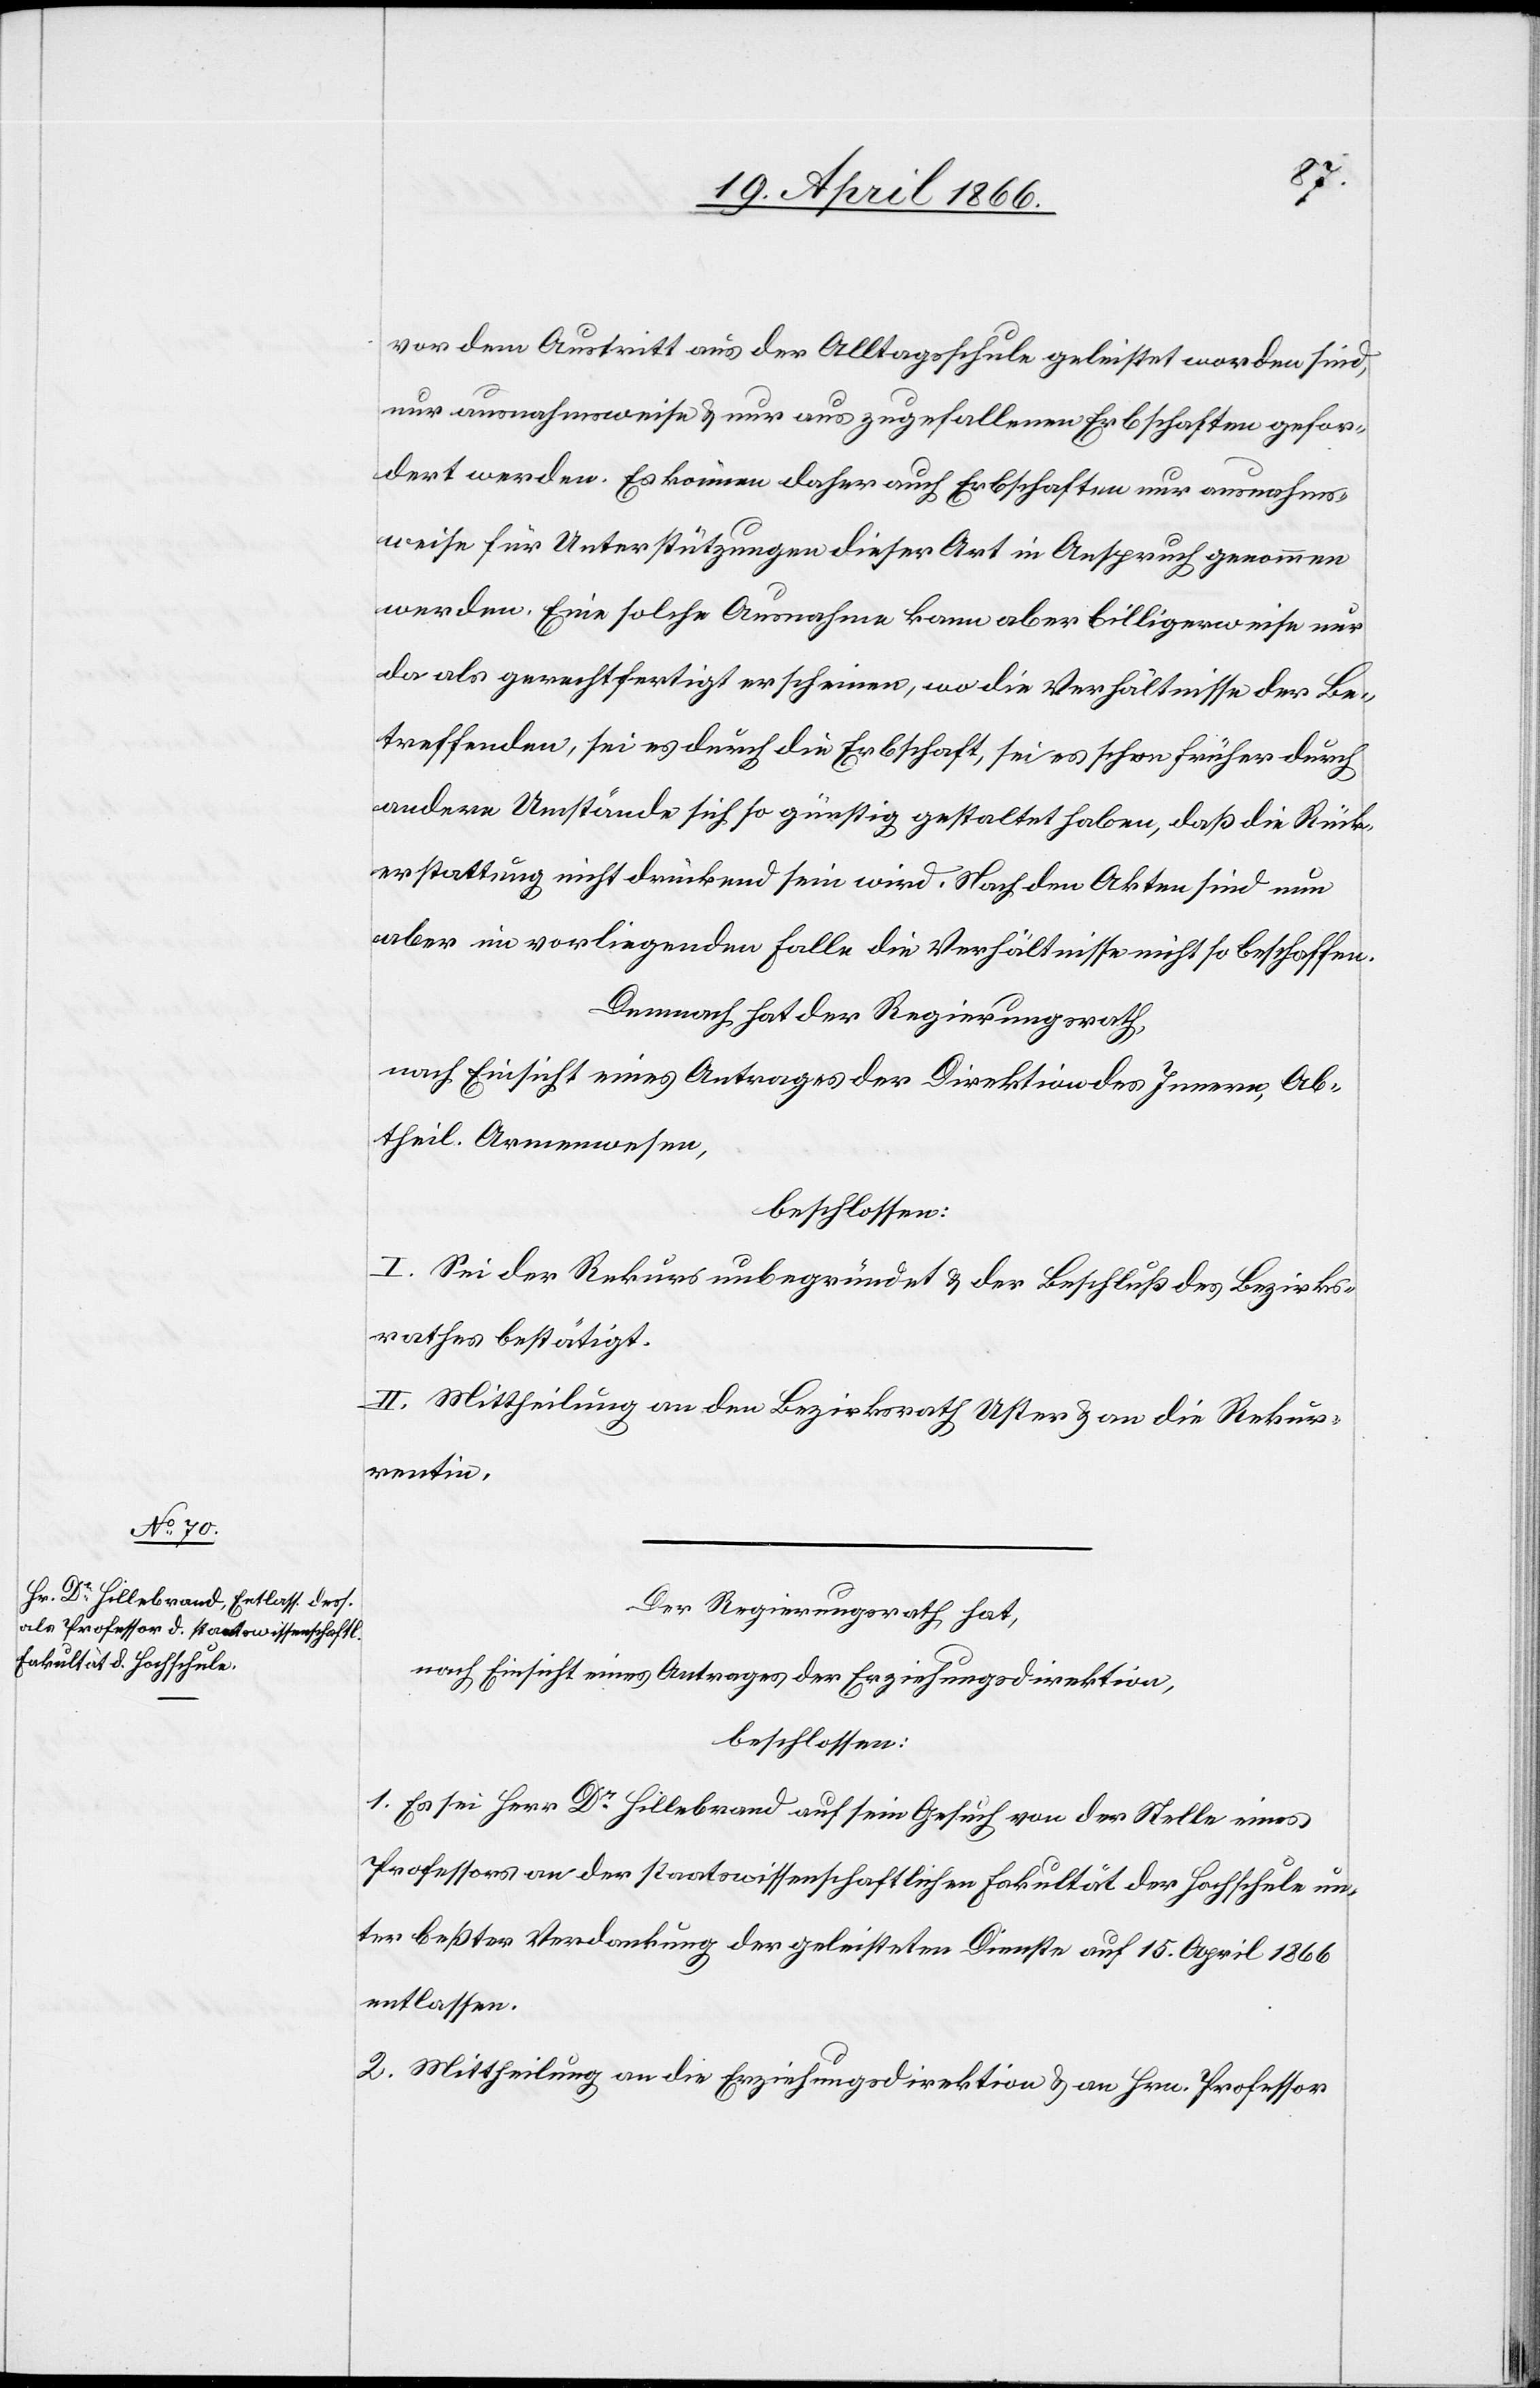
vor dem Austritt aus der Alltagsschule geleistet worden sind,
nur ausnahmsweise u. nur aus zugefallenen Erbschaften gefor¬
dert werden. Es können daher auch Erbschaften nur ausnahms¬
weise für Unterstützungen dieser Art in Anspruch genommen
werden. Eine solche Ausnahme kann aber billigerweise nur
da als gerechtfertigt erscheinen, wo die Verhältnisse der Be¬
treffenden, sei es durch die Erbschaft, sei es schon früher durch
andere Umstände sich so günstig gestaltet haben, daß die Rück¬
erstattung nicht drückend sein wird. Nach den Akten sind nun
aber im vorliegenden Falle die Verhältnisse nicht so beschaffen.
Demnach hat der Regierungsrath,
nach Einsicht eines Antrages der Direktion des Innern, Ab¬
theil. Armenwesen,
beschlossen:
I. Sei der Rekurs unbegründet u. der Beschluß des Bezirks¬
rathes bestätigt.
II. Mittheilung an den Bezirksrath Uster u. an die Rekur¬
rentin.
Der Regierungsrath hat,
nach Einsicht eines Antrages der Erziehungsdirektion,
beschlossen:
1. Es sei Herr Dr. Hillebrand auf sein Gesuch von der Stelle eines
Professors an der staatswissenschaftlichen Fakultät der Hochschule un¬
ter beßter Verdankung der geleisteten Dienste auf 15. April 1866
entlassen.
2. Mittheilung an die Erziehungsdirektion u. an Hrn. Professor